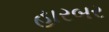
હારબર